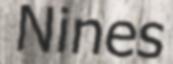
Nines